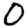
Digit: 0